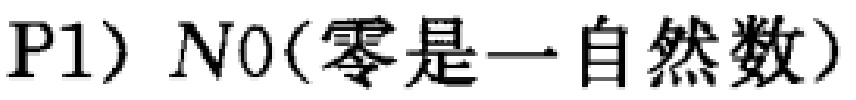
P1) $N0(\text{零是一自然数})$